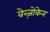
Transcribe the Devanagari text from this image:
वेन्ज़ोकेन